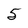
Character: 5